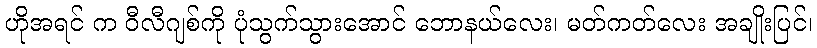
ဟိုအရင် က ဝီလီဂျစ်ကို ပုံသွက်သွားအောင် ဘောနယ်လေး၊ မတ်ကတ်လေး အချိုးပြင်၊